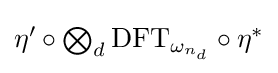
\textstyle \eta '\circ \bigotimes _{d}{\text{DFT}}_{\omega _{n_{d}}}\circ \eta ^{*}